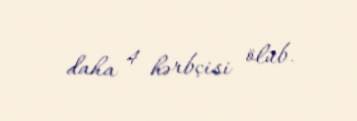
daha 4 hərbçisi ölüb.